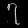
Digit: ၇